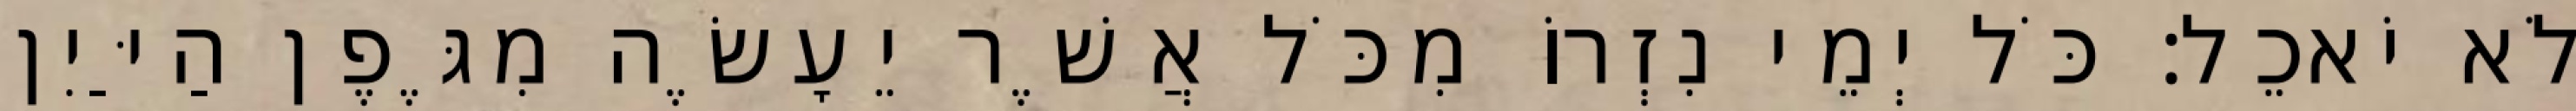
לֹא יֹאכֵל׃ כֹּל יְמֵי נִזְרוֹ מִכֹּל אֲשֶׁר יֵעָשֶׂה מִגֶּפֶן הַיַּיִן